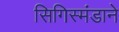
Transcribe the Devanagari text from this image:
सिगिस्मंडाने